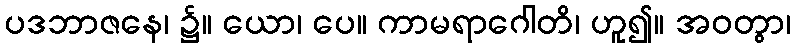
ပဒဘာဇနေ၊ ၌။ ယော၊ ပေ။ ကာမရာဂေါတိ၊ ဟူ၍။ အဝတွာ၊